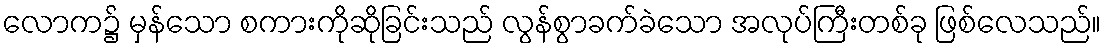
လောက၌ မှန်သော စကားကိုဆိုခြင်းသည် လွန်စွာခက်ခဲသော အလုပ်ကြီးတစ်ခု ဖြစ်လေသည်။